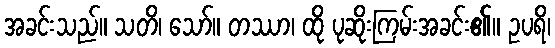
အခင်းသည်။ သတိ၊ သော်။ တဿာ၊ ထို ပုဆိုးကြမ်းအခင်း၏။ ဥပရိ၊